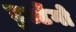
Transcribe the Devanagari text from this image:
टुल्टेंगो